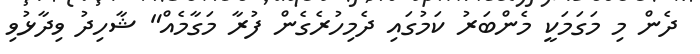
ދެން މި މަގަމަކީ މެންބަރު ކަމުގައި ދެމިހުރެގެން ފުރާ މަގާމެއް" ޝާހިދު ވިދާޅުވި